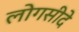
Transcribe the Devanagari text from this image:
लोगसीदे